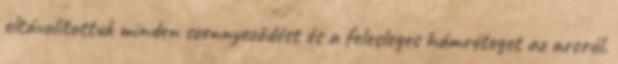
eltávolítottuk minden szennyeződést és a felesleges hámréteget az arcról.